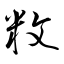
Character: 敉